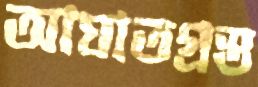
আঘাতগ্রস্ত